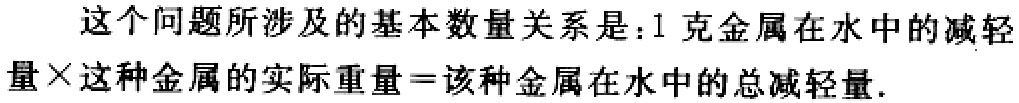
这个问题所涉及的基本数量关系是：1克金属在水中的减轻量×这种金属的实际重量=该种金属在水中的总减轻量.